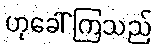
ဟုခေါ်ကြသည်